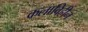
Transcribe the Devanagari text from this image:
कलाविहीन